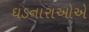
ઘડનારાઓએ